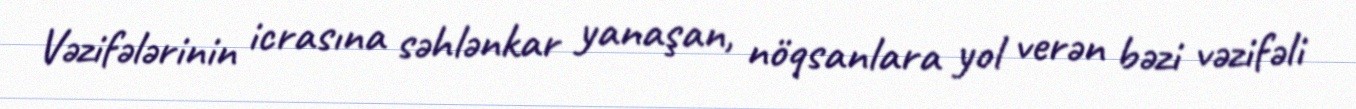
Vəzifələrinin icrasına səhlənkar yanaşan, nöqsanlara yol verən bəzi vəzifəli